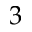
3